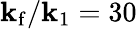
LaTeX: \mathbf{k}_{\mathrm{{f}}}/\mathbf{k}_{1}=30